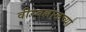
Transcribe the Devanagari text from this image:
वीरबल्लाळच्या